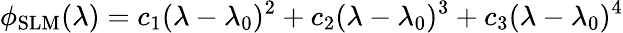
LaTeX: \phi_{\mathrm{SLM}}(\lambda)=c_{1}(\lambda-\lambda_{0})^{2}+c_{2}(\lambda-\lambda_{0})^{3}+c_{3}(\lambda-\lambda_{0})^{4}